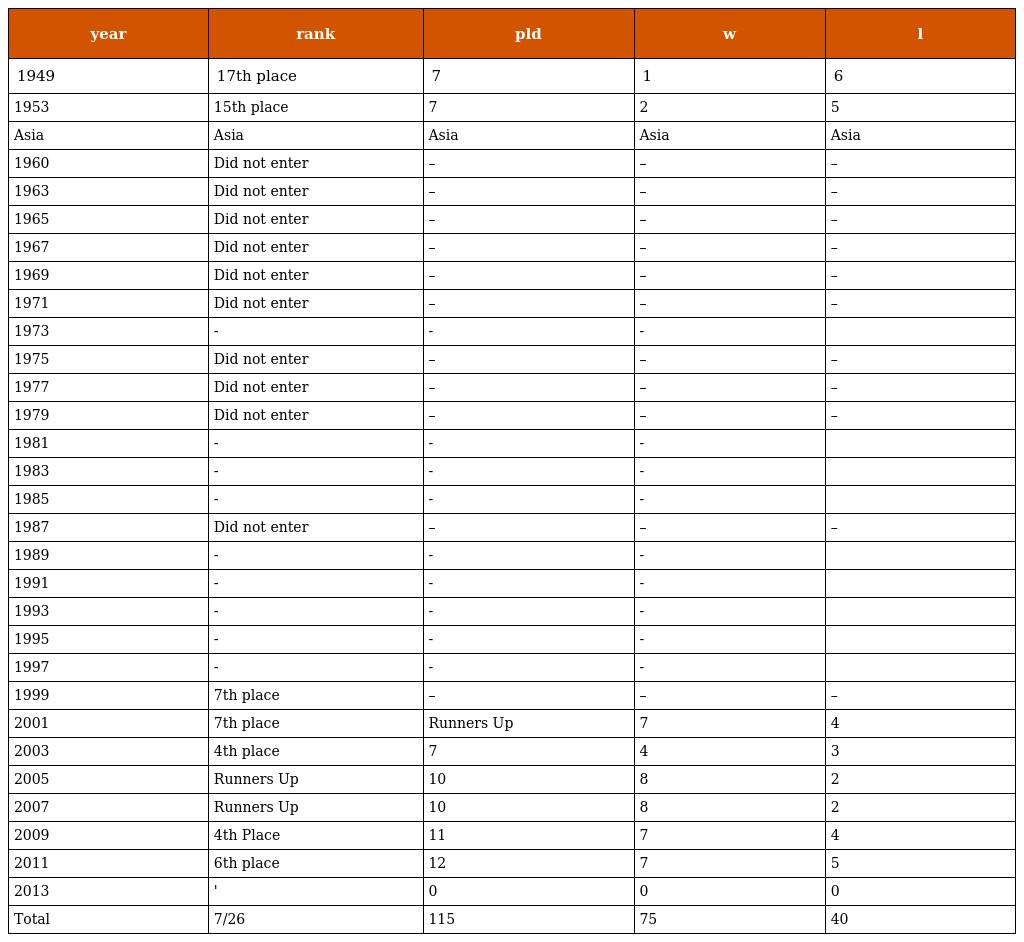
| year | rank | pld | w | l |
 | --- | --- | --- | --- | --- |
 | 1949 | 17th place | 7 | 1 | 6 |
 | 1953 | 15th place | 7 | 2 | 5 |
 | Asia | Asia | Asia | Asia | Asia |
 | 1960 | Did not enter | – | – | – |
 | 1963 | Did not enter | – | – | – |
 | 1965 | Did not enter | – | – | – |
 | 1967 | Did not enter | – | – | – |
 | 1969 | Did not enter | – | – | – |
 | 1971 | Did not enter | – | – | – |
 | 1973 | - | - | - |  |
 | 1975 | Did not enter | – | – | – |
 | 1977 | Did not enter | – | – | – |
 | 1979 | Did not enter | – | – | – |
 | 1981 | - | - | - |  |
 | 1983 | - | - | - |  |
 | 1985 | - | - | - |  |
 | 1987 | Did not enter | – | – | – |
 | 1989 | - | - | - |  |
 | 1991 | - | - | - |  |
 | 1993 | - | - | - |  |
 | 1995 | - | - | - |  |
 | 1997 | - | - | - |  |
 | 1999 | 7th place | – | – | – |
 | 2001 | 7th place | Runners Up | 7 | 4 |
 | 2003 | 4th place | 7 | 4 | 3 |
 | 2005 | Runners Up | 10 | 8 | 2 |
 | 2007 | Runners Up | 10 | 8 | 2 |
 | 2009 | 4th Place | 11 | 7 | 4 |
 | 2011 | 6th place | 12 | 7 | 5 |
 | 2013 | ' | 0 | 0 | 0 |
 | Total | 7/26 | 115 | 75 | 40 |